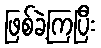
ဖြစ်ခဲ့ကြပြီး